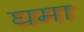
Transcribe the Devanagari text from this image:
घमा